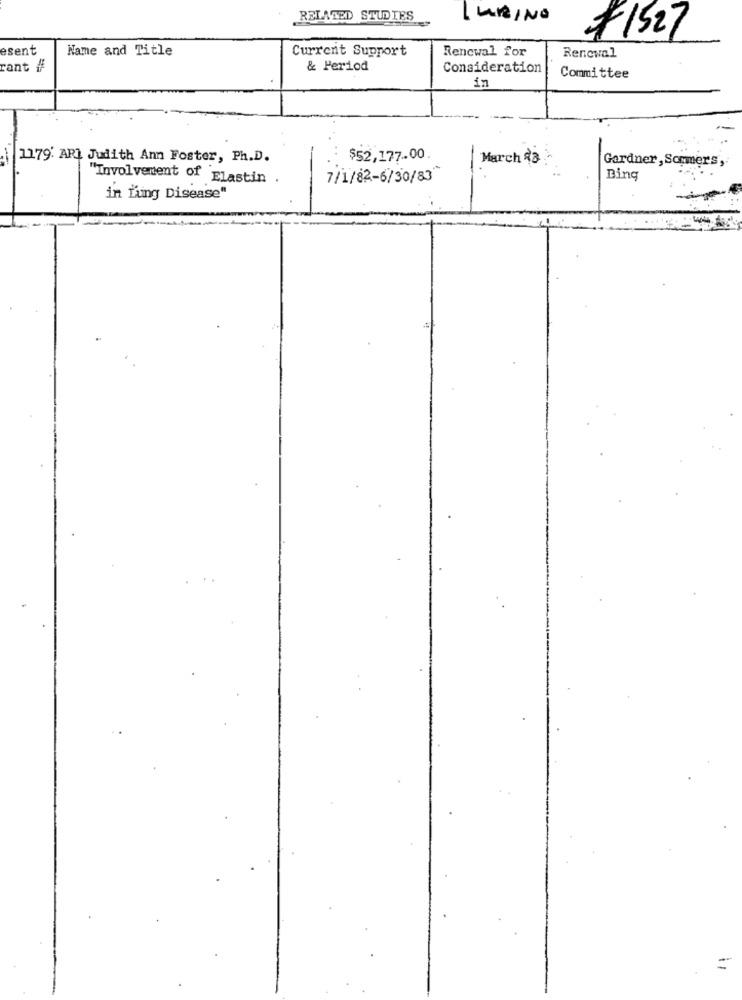
RELATED STUDIES
LURINO
#1527
esent
Name and Title
Current Support
Renewal for
Renewal
rant #
& Period
Consideration
in
Committee
1179' ARI Judith Ann Foster, Ph.D.
$52,177.00.
March 23
Gardner, Sommers,
"Involvement of Elastin .
7/1/82-6/30/83"
Bing
in ring Disease"
=